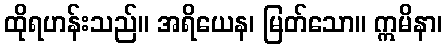
ထိုရဟန်းသည်။ အရိယေန၊ မြတ်သော။ ဣမိနာ၊